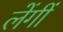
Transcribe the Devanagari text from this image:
लेंगीं